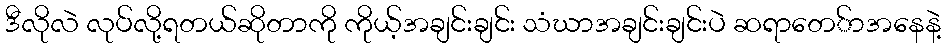
ဒီလိုလဲ လုပ်လို့ရတယ်ဆိုတာကို ကိုယ့်အချင်းချင်း သံဃာအချင်းချင်းပဲ ဆရာတေ်ာအနေနဲ့